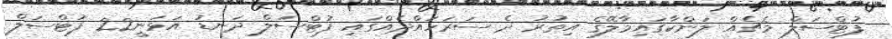
ފުޓްސަލް މެޗެއް ލަންކާގައިމާލޭގެ އިތުރު ދެ ސަރަހައްދެއްގައި ފުޓްސަލް ދަނޑު އަޅަނީ22 ފުޓްސަލް